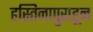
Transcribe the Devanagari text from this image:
हस्तिनापुराहून